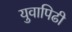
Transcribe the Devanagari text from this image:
युवापिढी